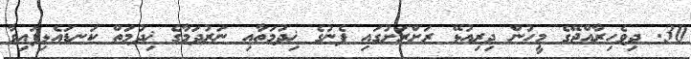
30. ދިވެހިރާއްޖޭގެ މީހުން ދިރިއުޅޭ ރަށްރަށުގައި ފެނުގެ ޚިދުމަތާއި ނަރުދަމާގެ ޚިދުމަތް ކަނޑައެޅިފައިވާ